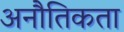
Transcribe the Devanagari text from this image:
अनौतिकता